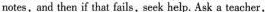
notes,and then if that fails,seek help. Ask a teacher,